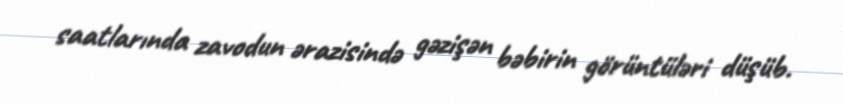
saatlarında zavodun ərazisində gəzişən bəbirin görüntüləri düşüb.